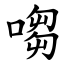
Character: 㗙